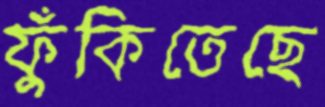
ফুঁকিতেছে